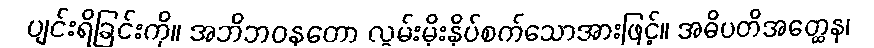
ပျင်းရိခြင်းကို။ အဘိဘဝနတော လွှမ်းမိုးနှိပ်စက်သောအားဖြင့်။ အဓိပတိအတ္ထေန၊